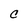
Character: C